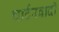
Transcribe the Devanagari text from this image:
चार्टरवादी